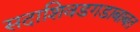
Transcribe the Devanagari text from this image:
सदाशिवडगडाबाबत